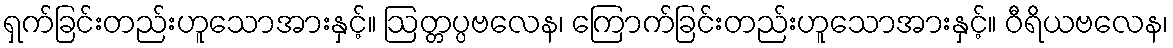
ရှက်ခြင်းတည်းဟူသောအားနှင့်။ ဩတ္တပ္ပဗလေန၊ ကြောက်ခြင်းတည်းဟူသောအားနှင့်။ ဝီရိယဗလေန၊